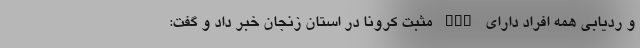
و ردیابی همه افراد دارای PCR مثبت کرونا در استان زنجان خبر داد و گفت: